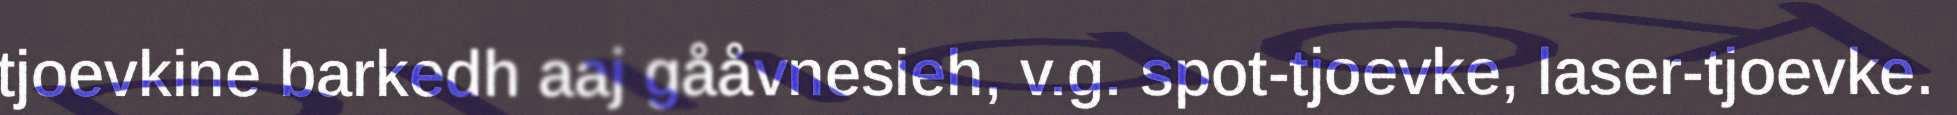
tjoevkine barkedh aaj gååvnesieh, v.g. spot-tjoevke, laser-tjoevke.